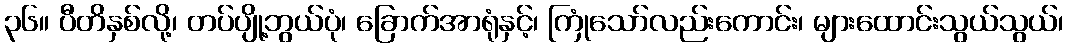
၃၆။ ပီတိနှစ်လို့၊ တပ်ပျို့ဘွယ်ပုံ၊ ခြောက်အာရုံနှင့်၊ ကြုံသော်လည်းကောင်း၊ များထောင်းသွယ်သွယ်၊